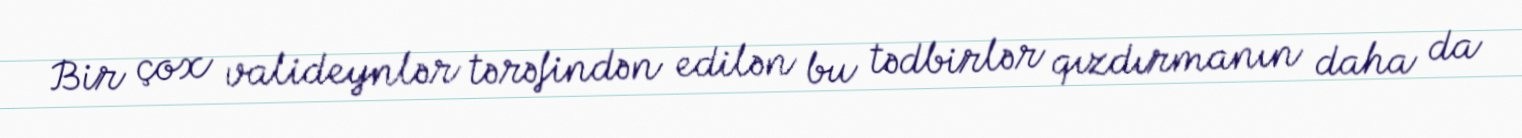
Bir çox valideynlər tərəfindən edilən bu tədbirlər qızdırmanın daha da